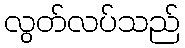
လွတ်လပ်သည်